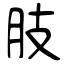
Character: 肢